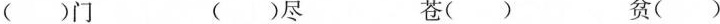
( )门 ( )尽 苍( ) 贫( )